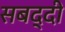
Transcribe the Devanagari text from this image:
सबद्दी